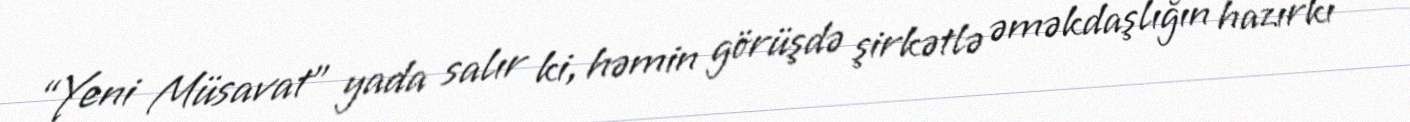
“Yeni Müsavat” yada salır ki, həmin görüşdə şirkətlə əməkdaşlığın hazırkı